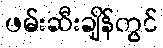
ဖမ်းဆီးချိန်တွင်